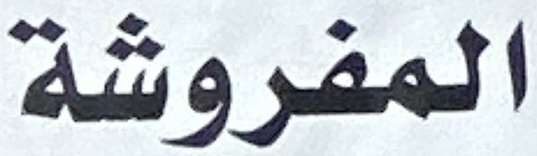
المفروشة